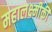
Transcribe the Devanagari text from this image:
महालक्ष्मीकी